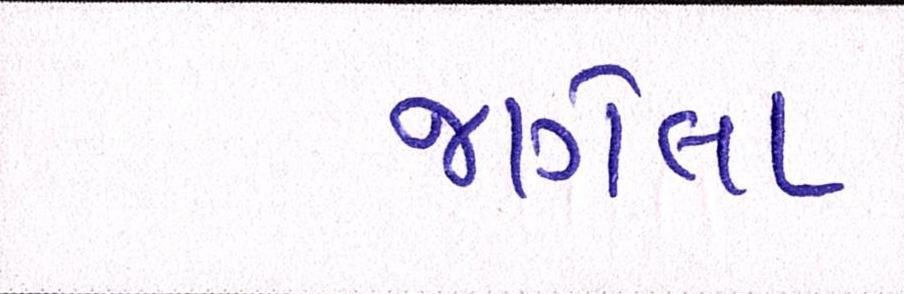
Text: જાગેલા